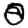
Digit: 0